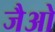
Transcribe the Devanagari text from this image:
जैओ